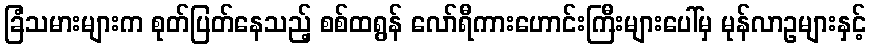
ခြံသမားများက စုတ်ပြတ်နေသည့် စစ်ထရွန် လော်ရီကားဟောင်းကြီးများပေါ်မှ မုန်လာဥများနှင့်